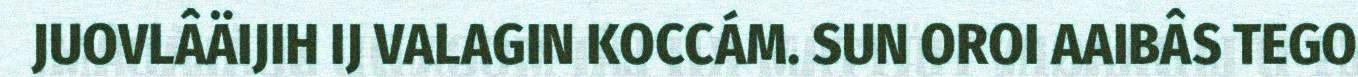
JUOVLÂÄIJIH IJ VALAGIN KOCCÁM. SUN OROI AAIBÂS TEGO